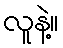
လူနဲ့။